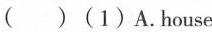
( )(1)A.House